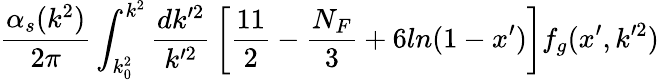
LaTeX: {\frac{\alpha_{s}(k^{2})}{2\pi}}\int_{k_{0}^{2}}^{k^{2}}{\frac{dk^{\prime 2}}{k^{\prime 2}}}\left[{\frac{11}{2}}-{\frac{N_{F}}{3}}+6ln(1-x^{\prime})\right]f_{g}(x^{\prime},k^{\prime 2})